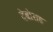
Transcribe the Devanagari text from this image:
देबोराह